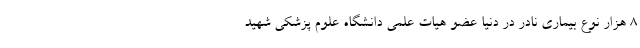
۸ هزار نوع بیماری نادر در دنیا عضو هیات علمی دانشگاه علوم پزشکی شهید